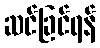
ဆင်ခြင်ရန်